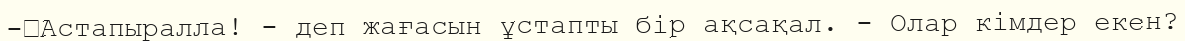
-	Астапыралла! - деп жағасын ұстапты бір ақсақал. - Олар кімдер екен?